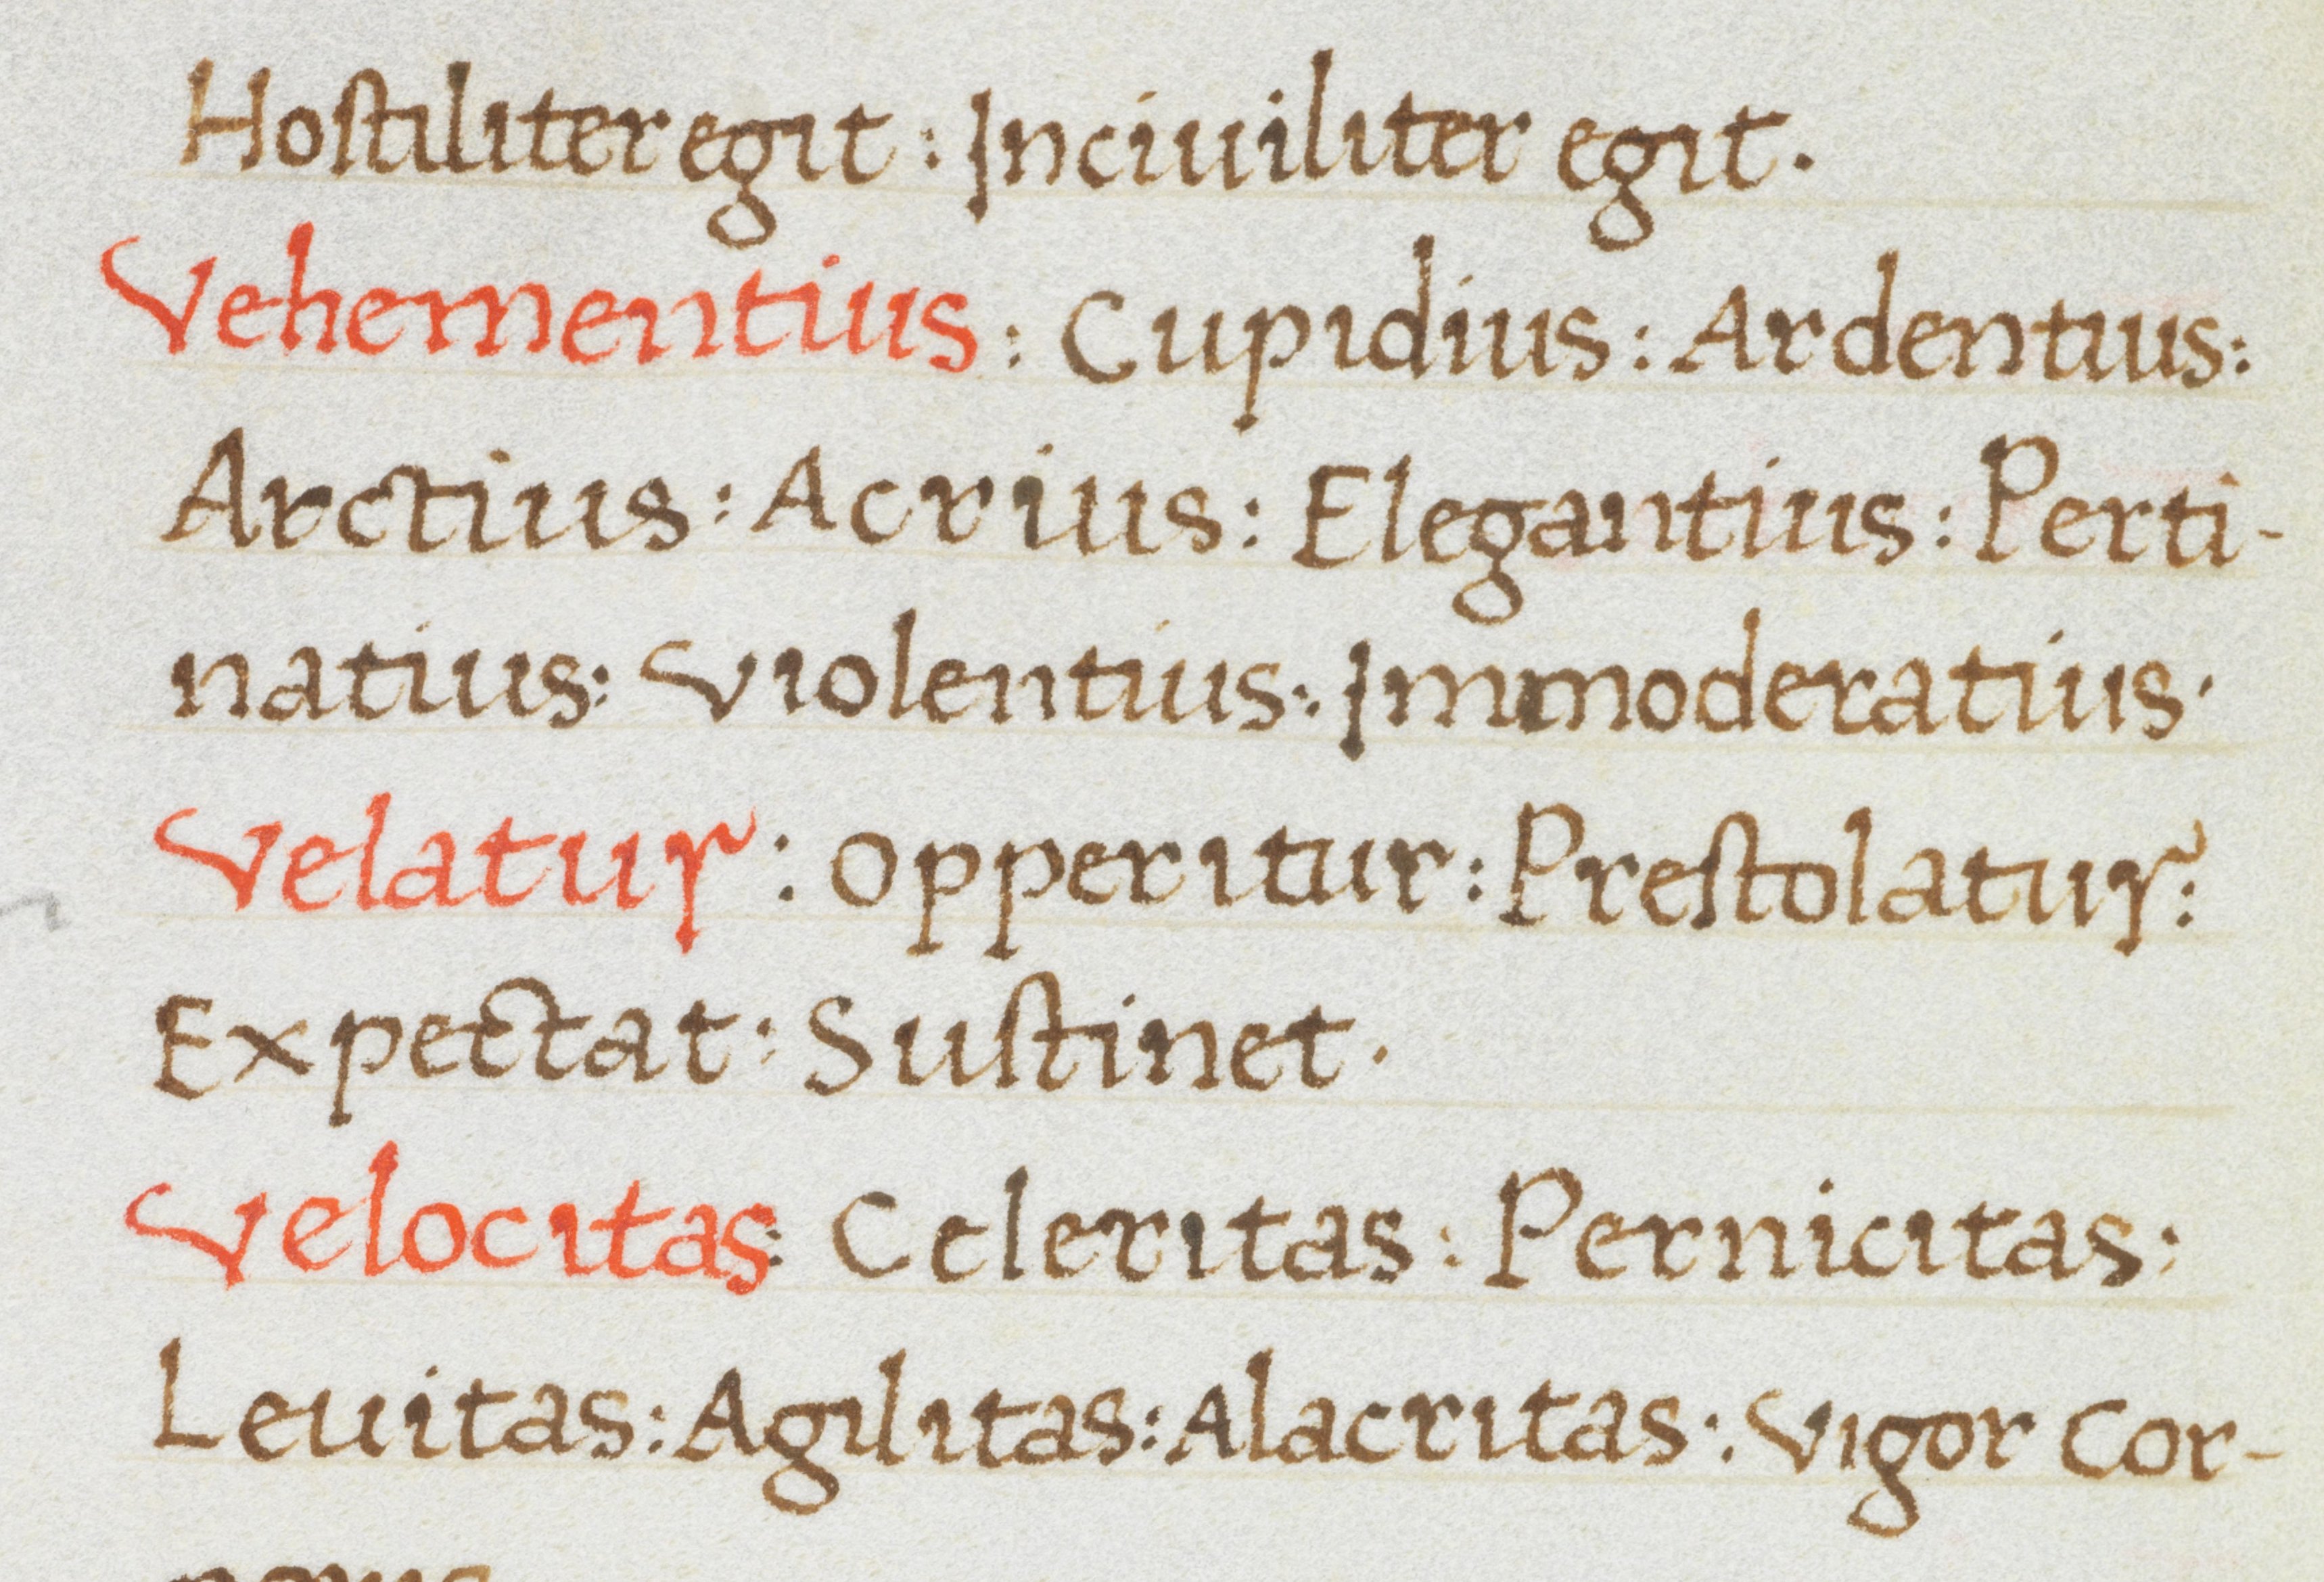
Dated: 1400–1499